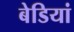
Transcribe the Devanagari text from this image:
बेडियां